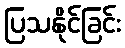
ပြသနိုင်ခြင်း